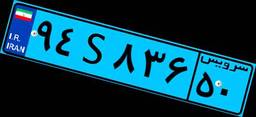
۹۴S۸۳۶۵۰